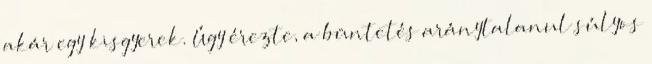
akár egy kisgyerek. Úgy érezte, a büntetés aránytalanul súlyos